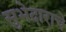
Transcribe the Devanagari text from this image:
सुभेदाराचे